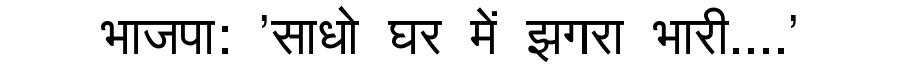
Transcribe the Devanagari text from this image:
भाजपा: 'साधो घर में झगरा भारी....'